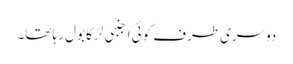
دوسری طرف کوئی اجنبی لڑکا بول رہا تھا۔